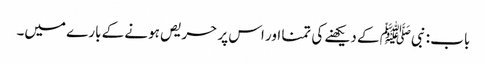
باب : نبیﷺ کے دیکھنے کی تمنا اور اس پر حریص ہونے کے بارے میں۔